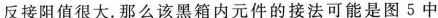
反接阻值很大.那么该黑箱内元件的接法可能是图5中